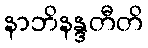
နာဘိနန္ဒတီတိ